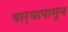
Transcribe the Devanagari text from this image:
वार्‍यापासून